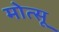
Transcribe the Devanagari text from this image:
मोत्सू